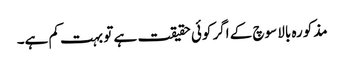
مذکورہ بالا سوچ کے اگر کوئی حقیقت ہے تو بہت کم ہے۔